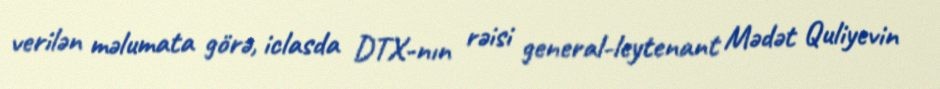
verilən məlumata görə, iclasda DTX-nın rəisi general-leytenant Mədət Quliyevin